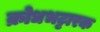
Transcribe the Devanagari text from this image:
क्रोधभट्टारक